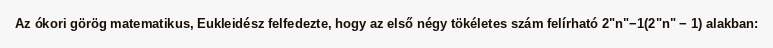
Az ókori görög matematikus, Eukleidész felfedezte, hogy az első négy tökéletes szám felírható 2"n"−1(2"n" − 1) alakban: